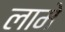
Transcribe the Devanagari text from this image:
लामे